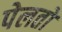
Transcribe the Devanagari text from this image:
पेलतो